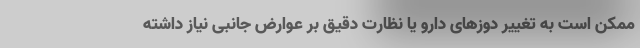
ممکن است به تغییر دوزهای دارو یا نظارت دقیق بر عوارض جانبی نیاز داشته